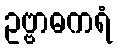
ဥဗ္ဗာဓကရံ